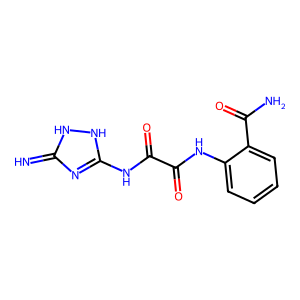
SMILES: N=c1nc(NC(=O)C(=O)Nc2ccccc2C(N)=O)[nH][nH]1
Inhibits HIV replication: No